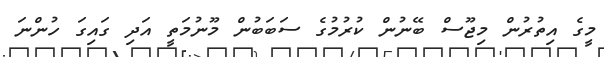
މީގެ އިތުރުން މިޖޫސް ބޭނުން ކުރުމުގެ ސަބަބުން މޫނުމަތީ އަދި ގައިގަ ހުންނަ